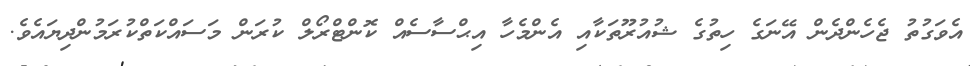
އެވަގުތު ޖެހެންދެން އޭނަގެ ހިތުގެ ޝުއުރޫތަކާއި އެންމެހާ އިޙްސާސެއް ކޮންޓްރޯލް ކުރަން މަސައްކަތްކުރަމުންދިޔައެވެ.